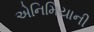
એનિમિયાની